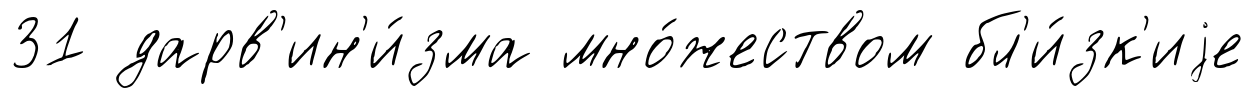
31 дарв'ин'и́зма мно́жеством бл'и́зк'иjе